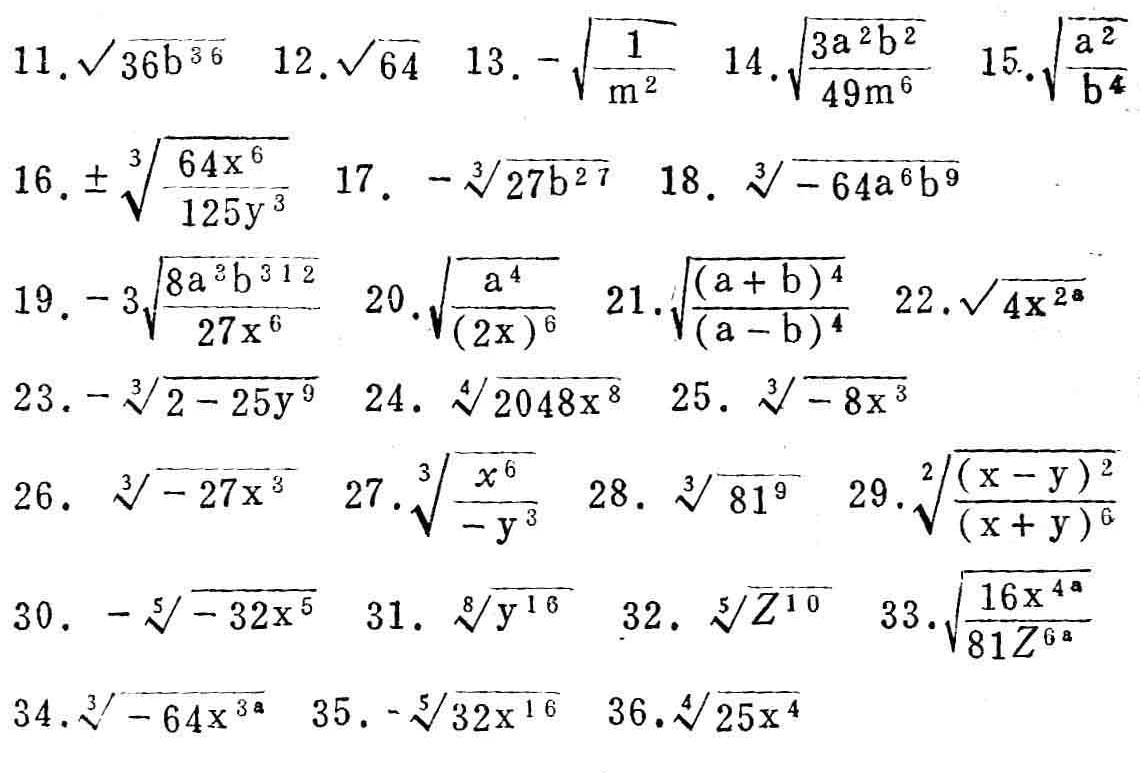
11. \(\sqrt{36b^{36}}\)
12. \(\sqrt{64}\)
13. \(-\sqrt{\frac{1}{m^{2}}}\)
14. \(\sqrt{\frac{3a^{2}b^{2}}{49m^{6}}}\)
15. \(\sqrt{\frac{a^{2}}{b^{4}}}\)
16. \(\pm\sqrt[3]{\frac{64x^{6}}{125y^{3}}}\)
17. \(-\sqrt[3]{27b^{27}}\)
18. \(\sqrt[3]{-64a^{6}b^{9}}\)
19. \(-3\sqrt[3]{\frac{8a^{3}b^{312}}{27x^{6}}}\)
20. \(\sqrt{\frac{a^{4}}{(2x)^{6}}}\)
21. \(\sqrt{\frac{(a + b)^{4}}{(a - b)^{4}}}\)
22. \(\sqrt{4x^{2a}}\)
23. \(-\sqrt[3]{2 - 25y^{9}}\)
24. \(\sqrt[4]{2048x^{8}}\)
25. \(\sqrt[3]{-8x^{3}}\)
26. \(\sqrt[3]{-27x^{3}}\)
27. \(\sqrt[3]{\frac{x^{6}}{-y^{3}}}\)
28. \(\sqrt[3]{81^{9}}\)
29. \(\sqrt[2]{\frac{(x - y)^{2}}{(x + y)^{6}}}\)
30. \(-\sqrt[5]{-32x^{5}}\)
31. \(\sqrt[8]{y^{16}}\)
32. \(\sqrt[5]{Z^{10}}\)
33. \(\sqrt{\frac{16x^{4a}}{81Z^{6a}}}\)
34. \(\sqrt[3]{-64x^{3a}}\)
35. \(-\sqrt[5]{32x^{16}}\)
36. \(\sqrt[4]{25x^{4}}\)